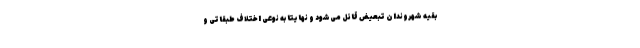
بقیه شهروندان تبعیض قائل می‌شود و نهایتا به نوعی اختلاف طبقاتی و